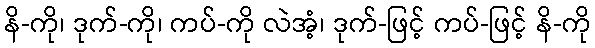
နိ-ကို၊ ဒုက်-ကို၊ ကပ်-ကို လဲအံ့၊ ဒုက်-ဖြင့် ကပ်-ဖြင့် နိ-ကို